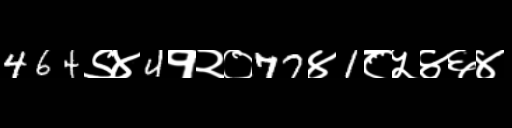
Text: 464९४4१२०77४1८५४६४